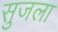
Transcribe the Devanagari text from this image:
सुजला